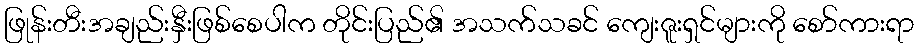
ဖြုန်းတီးအချည်းနှီးဖြစ်စေပါက တိုင်းပြည်၏ အသက်သခင် ကျေးဇူးရှင်များကို စော်ကားရာ